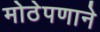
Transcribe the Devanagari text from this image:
मोठेपणाने